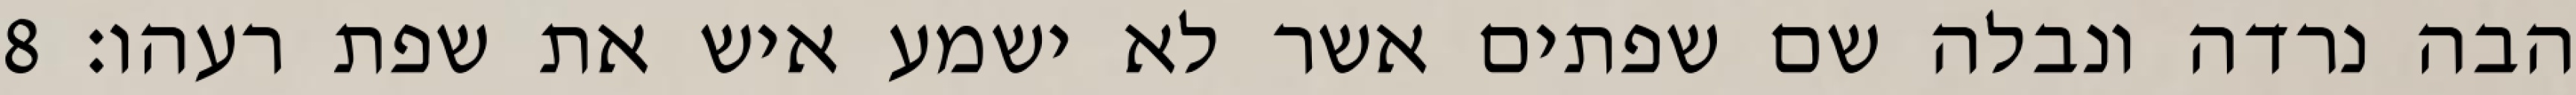
הבה נרדה ונבלה שם שפתים אשר לא ישמע איש את שפת רעהו׃ ‎8‏